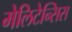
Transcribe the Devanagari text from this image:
मेलिटेन्सिस